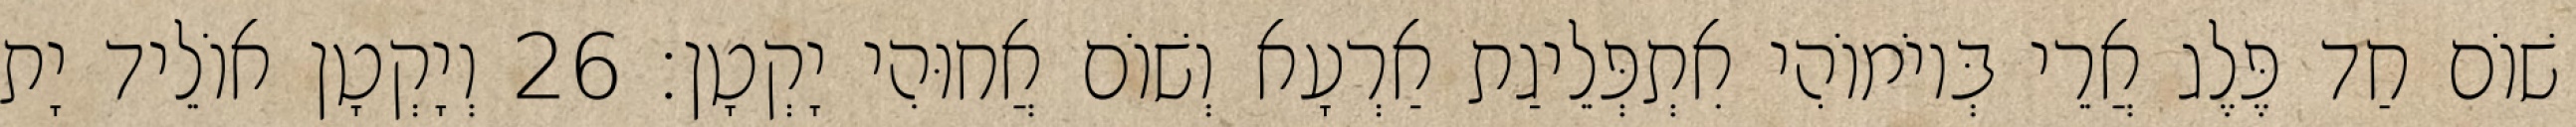
שׁוֹם חַד פֶּלֶג אֲרֵי בְּיוֹמוֹהִי אִתְפְּלֵיגַת אַרְעָא וְשׁוֹם אֲחוּהִי יָקְטָן׃ 26 וְיָקְטָן אוֹלֵיד יָת